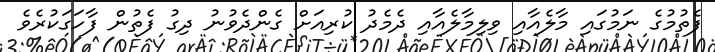
ފެތުމުގެ ނަމުގައި މާލެއާއި ވިލިމާލެއާއި ދެމެދު ކުރިއަށް ގެންދެވުނު ދިގު ފެތުން ފާހަަގަކުރެވެ